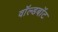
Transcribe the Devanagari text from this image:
वॉल्डबॉट